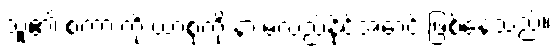
သူ၏ စကားကို ယာစုကို နားမလည်နိုင်အောင် ဖြစ်နေသည်။